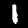
Label: 1